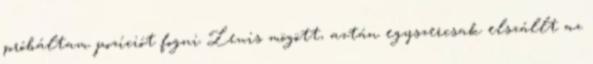
próbáltam pozíciót fogni Lewis mögött, aztán egyszercsak elszállt az